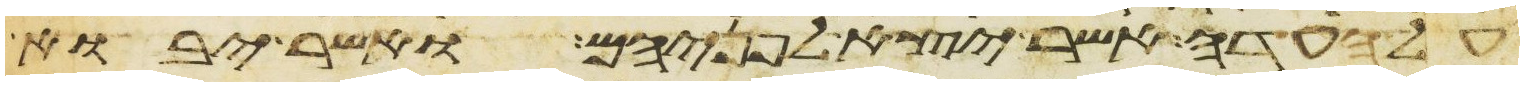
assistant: על העדה אשר יצא לפניהם ואשר יבוא